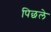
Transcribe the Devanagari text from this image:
पिछले